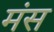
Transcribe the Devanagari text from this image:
मंस